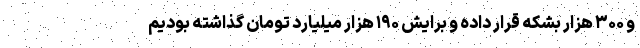
و ۳۰۰ هزار بشکه قرار داده و برایش ۱۹۰ هزار میلیارد تومان گذاشته بودیم